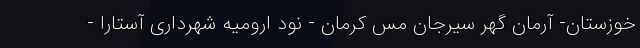
خوزستان- آرمان گهر سیرجان مس کرمان - نود ارومیه شهرداری آستارا -